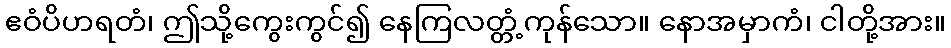
ဧဝံပိဟရတံ၊ ဤသို့ကွေးကွင်၍ နေကြလတ္တံ့ကုန်သော။ နောအမှာကံ၊ ငါတို့အား။